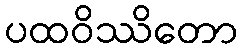
ပထဝိဿိတော